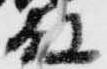
殿